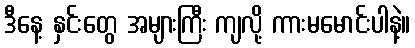
ဒီနေ့ နှင်းတွေ အများကြီး ကျလို့ ကားမမောင်းပါနဲ့။